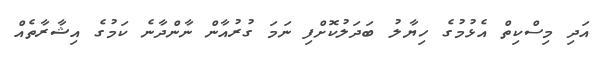
އަދި މިސްކިތް އެޅުމުގެ ހިޔާލު ބަދަލުކޮށްފި ނަމަ ގުރުއާން ނާންދާނެ ކަމުގެ އިޝާރާތެއް